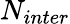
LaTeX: N_{inter}